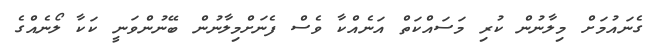
ގެނައުމަށް މިލާނުން ކުރި މަސައްކަތް އަނެއްކާ ވެސް ފެނަށްމިލާނުން ބޭނުންވަނީ ކަކާ ލޯނެއްގެ